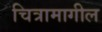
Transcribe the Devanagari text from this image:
चित्रामागील